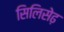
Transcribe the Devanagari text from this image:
सिलिसेढ़